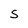
Character: S